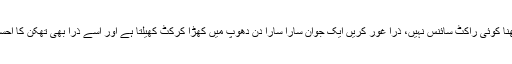
پیشن کو سمجھنا کوئی راکٹ سائنس نہیں، ذرا غور کریں ایک جوان سارا سارا دن دھوپ میں کھڑا کرکٹ کھیلتا ہے اور اسے ذرا بھی تھکن کا احساس نہیں ہوتا؟